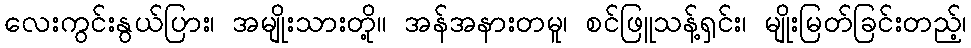
လေးကွင်းနွယ်ပြား၊ အမျိုးသားတို့။ အန်အနားတမူ၊ စင်ဖြူသန့်ရှင်း၊ မျိုးမြတ်ခြင်းတည့်၊